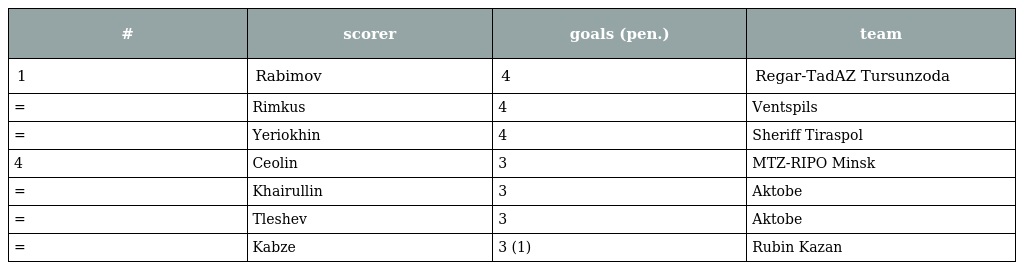
| # | scorer | goals (pen.) | team |
 | --- | --- | --- | --- |
 | 1 | Rabimov | 4 | Regar-TadAZ Tursunzoda |
 | = | Rimkus | 4 | Ventspils |
 | = | Yeriokhin | 4 | Sheriff Tiraspol |
 | 4 | Ceolin | 3 | MTZ-RIPO Minsk |
 | = | Khairullin | 3 | Aktobe |
 | = | Tleshev | 3 | Aktobe |
 | = | Kabze | 3 (1) | Rubin Kazan |